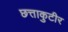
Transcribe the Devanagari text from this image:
छत्ताकुटीर